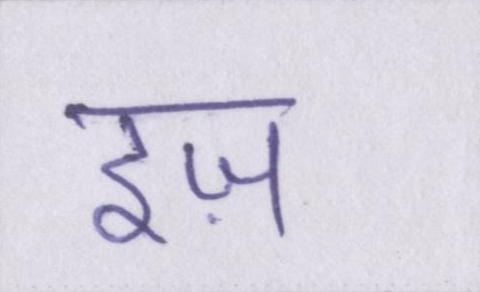
इज़